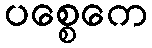
ပစ္စေကေ